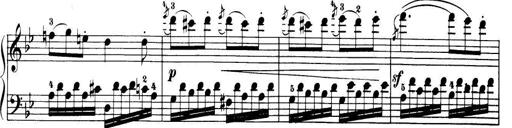
Title: 32 Sonatinas and Rondos for the Piano
Composer: Richard Kleinmichel